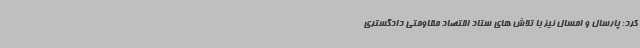
کرد: پارسال و امسال نیز با تلاش های ستاد اقتصاد مقاومتی دادگستری